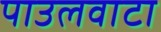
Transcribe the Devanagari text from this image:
पाउलवाटा